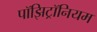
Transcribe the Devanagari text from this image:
पॉझिट्रॉनियम